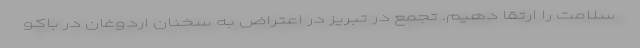
سلامت را ارتقا دهیم. تجمع در تبریز در اعتراض به سخنان اردوغان در باکو